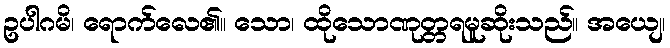
ဥပါဂမိ၊ ရောက်လေ၏။ သော၊ ထိုသောဏုတ္တရမူဆိုးသည်။ အယျေ၊